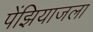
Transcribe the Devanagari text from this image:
पेंझियाजला